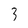
Character: 3